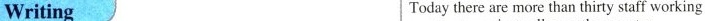
Writing Today there are more than thirty staff working